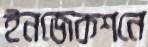
ইনজেকশনে